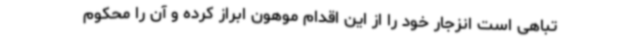
تباهی است انزجار خود را از این اقدام موهون ابراز کرده و آن را محکوم